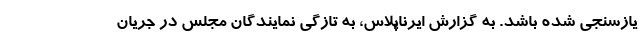
یازسنجی شده باشد. به گزارش ایرناپلاس، به تازگی نمایندگان مجلس در جریان